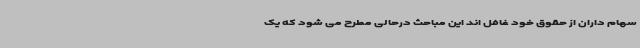
سهام داران از حقوق خود غافل اند این مباحث درحالی مطرح می شود که یک